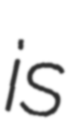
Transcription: is